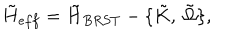
LaTeX: { \tilde { H } } _ { e f f } = { \tilde { H } } _ { B R S T } - \{ \tilde { K } , \ \tilde { \Omega } \} ,